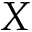
X